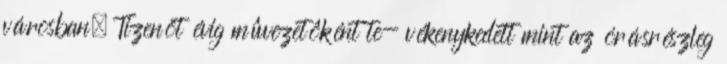
városban. Tizenöt évig mûvezetôként te- vékenykedett mint az órásrészleg